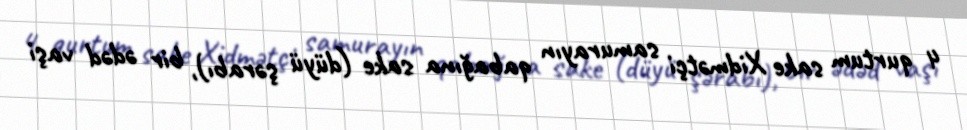
4 qurtum sake Xidmətçi samurayın qabağına sake (düyü şərabı), bir ədəd vaşi